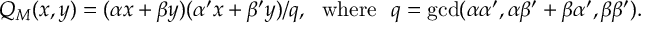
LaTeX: Q _ { M } ( x , y ) = ( \alpha x + \beta y ) ( \alpha ^ { \prime } x + \beta ^ { \prime } y ) / q , \mathrm { ~ ~ w h e r e ~ ~ } q = \operatorname * { g c d } ( \alpha \alpha ^ { \prime } , \alpha \beta ^ { \prime } + \beta \alpha ^ { \prime } , \beta \beta ^ { \prime } ) .